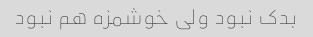
بدک نبود ولی خوشمزه هم نبود